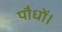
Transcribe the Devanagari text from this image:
पौधों।